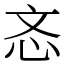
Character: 忞